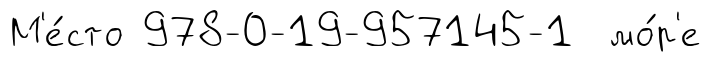
М'е́сто 978-0-19-957145-1 мо́р'е